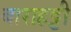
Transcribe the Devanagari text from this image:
बाराहट्टी